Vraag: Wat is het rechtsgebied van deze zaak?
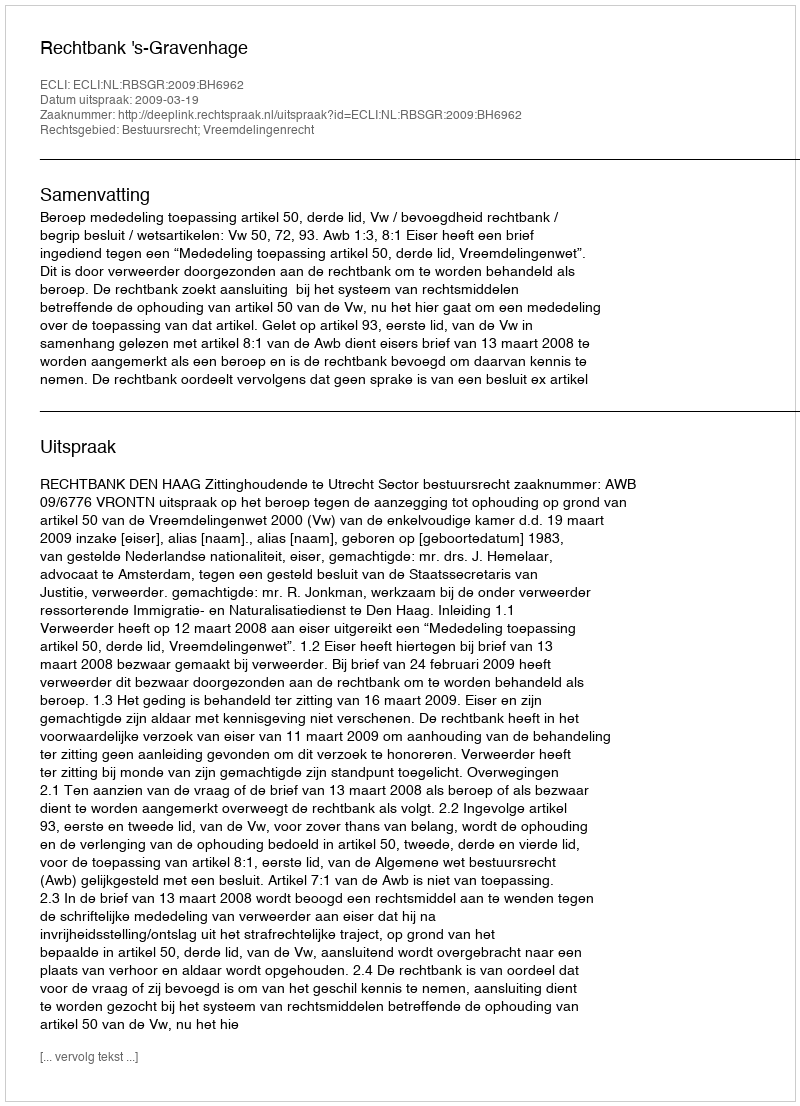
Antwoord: Bestuursrecht; Vreemdelingenrecht